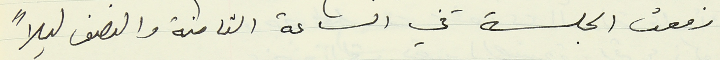
رفعت الجلسة في الساعة الثامنة والنصف ليلاً